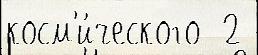
косм'и́ческого  2